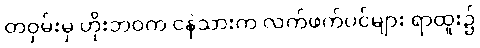
တဝှမ်းမှ ဟိုးဘဝက ငနဲသားက လက်ဖက်ပင်များ ရာထူး၌